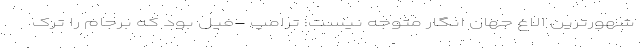
شهورترین الاغ جهان انگار متوجه نیست: ترامپ -فیل بود که برجام را ترک